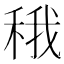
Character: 𬓬